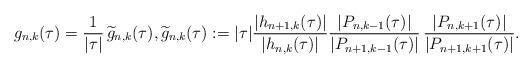
LaTeX: \begin{align*}g_{n,k}(\tau)=\frac{1}{|\tau|}\,\widetilde{g}_{n,k}(\tau),\widetilde{g}_{n,k}(\tau):=|\tau|\frac{|h_{n+1,k}(\tau)|}{|h_{n,k}(\tau)|}\frac{|P_{n,k-1}(\tau)|}{|P_{n+1,k-1}(\tau)|}\,\frac{|P_{n,k+1}(\tau)|}{|P_{n+1,k+1}(\tau)|}.\end{align*}